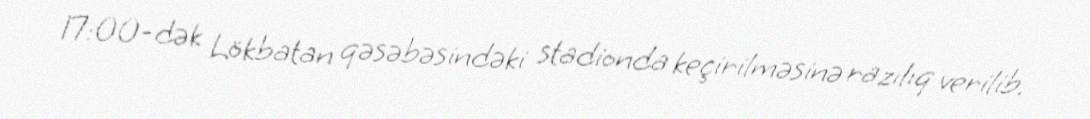
17:00-dək Lökbatan qəsəbəsindəki stadionda keçirilməsinə razılıq verilib.